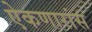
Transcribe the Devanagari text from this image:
ऐकणारांस